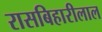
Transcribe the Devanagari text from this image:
रासबिहारीलाल